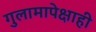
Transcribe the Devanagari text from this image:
गुलामापेक्षाही